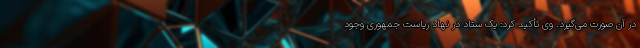
در آن صورت می‌گیرد. وی تأکید کرد: یک ستاد در نهاد ریاست جمهوری وجود